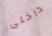
داخلى